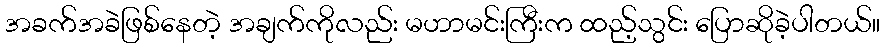
အခက်အခဲဖြစ်နေတဲ့ အချက်ကိုလည်း မဟာမင်းကြီးက ထည့်သွင်း ပြောဆိုခဲ့ပါတယ်။